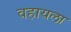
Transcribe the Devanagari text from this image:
वहायला